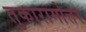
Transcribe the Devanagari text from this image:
तुकारामोत्तर